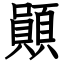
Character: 䫟